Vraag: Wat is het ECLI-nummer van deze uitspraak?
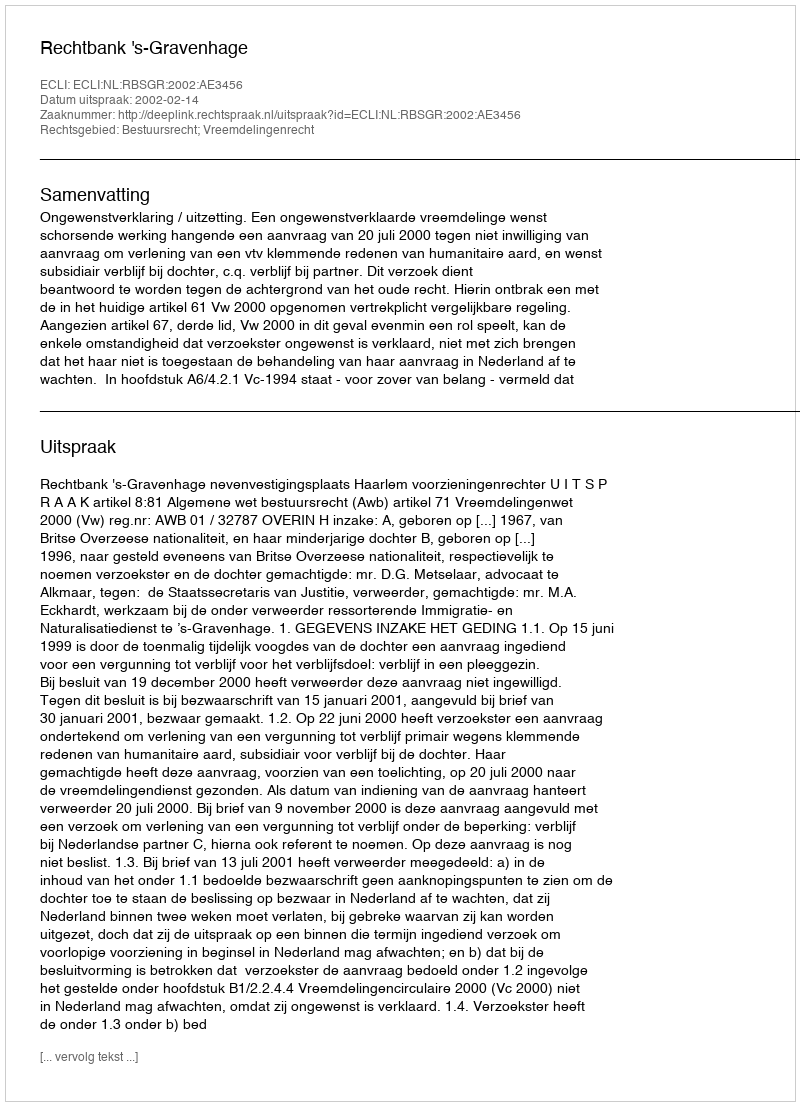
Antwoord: ECLI:NL:RBSGR:2002:AE3456